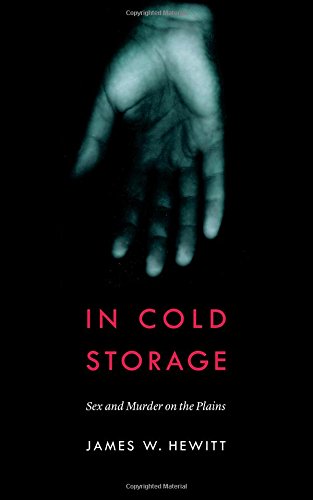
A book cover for In Cold Storage: Sex and Murder on the Plains (Law in the American West); James W. Hewitt; Biographies & Memoirs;